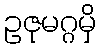
ဥဇုမဂ္ဂမှိ